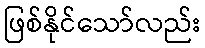
ဖြစ်နိုင်သော်လည်း